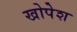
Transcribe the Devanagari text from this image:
खोपेश